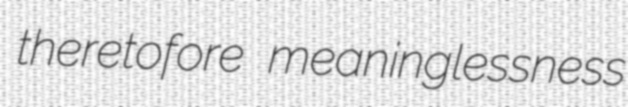
theretofore meaninglessness